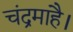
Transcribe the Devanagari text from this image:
चंद्रमाहै।